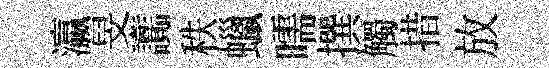
瀛旻讟秩蠟嚅撰觸措放